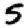
Digit: 5